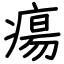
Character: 瘍